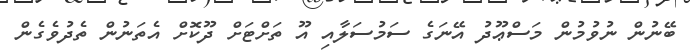
ބޭނުން ނުވުމުން މަސްޢޫދު އޭނަގެ ސަމުސަލާއި އޫ ތަށްޓަށް ދޫކޮށް އެތަނުން ތެދުވެގެން